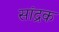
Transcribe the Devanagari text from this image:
सांद्रक